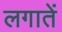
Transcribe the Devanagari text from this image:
लगातें